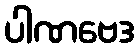
ပါဏဗေဒ